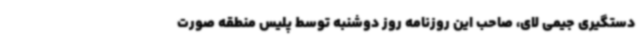
دستگیری جیمی لای، صاحب این روزنامه روز دوشنبه توسط پلیس منطقه صورت